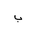
Letter: _ba